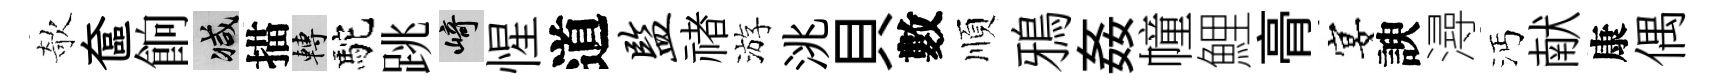
欹奩餉减描轉駝跳崎惺道监禇游洮貝數順鴉姦幢鯉𮌔宴諛潯沔献康偶